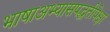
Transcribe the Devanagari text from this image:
भाषाअभ्यासपद्धतीपेक्षा